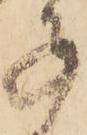
子